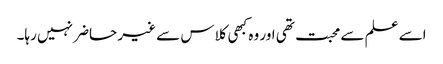
اسے علم سے محبت تھی اور وہ کبھی کلاس سے غیر حاضر نہیں رہا۔